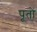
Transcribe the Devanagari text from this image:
पूतों